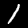
Digit: 1